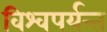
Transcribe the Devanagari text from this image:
विश्वपर्यन्त